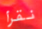
نقرأ